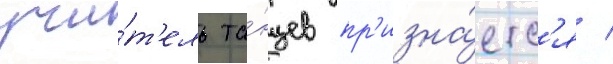
учи́т'ель та́нцев пр'изна́етс'я /